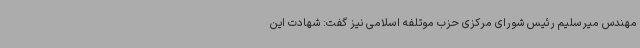
مهندس میرسلیم رئیس شورای مرکزی حزب موتلفه اسلامی نیز گفت: شهادت این